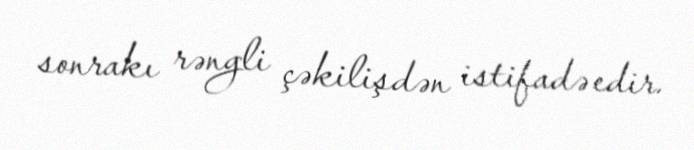
sonrakı rəngli çəkilişdən istifadə edir.